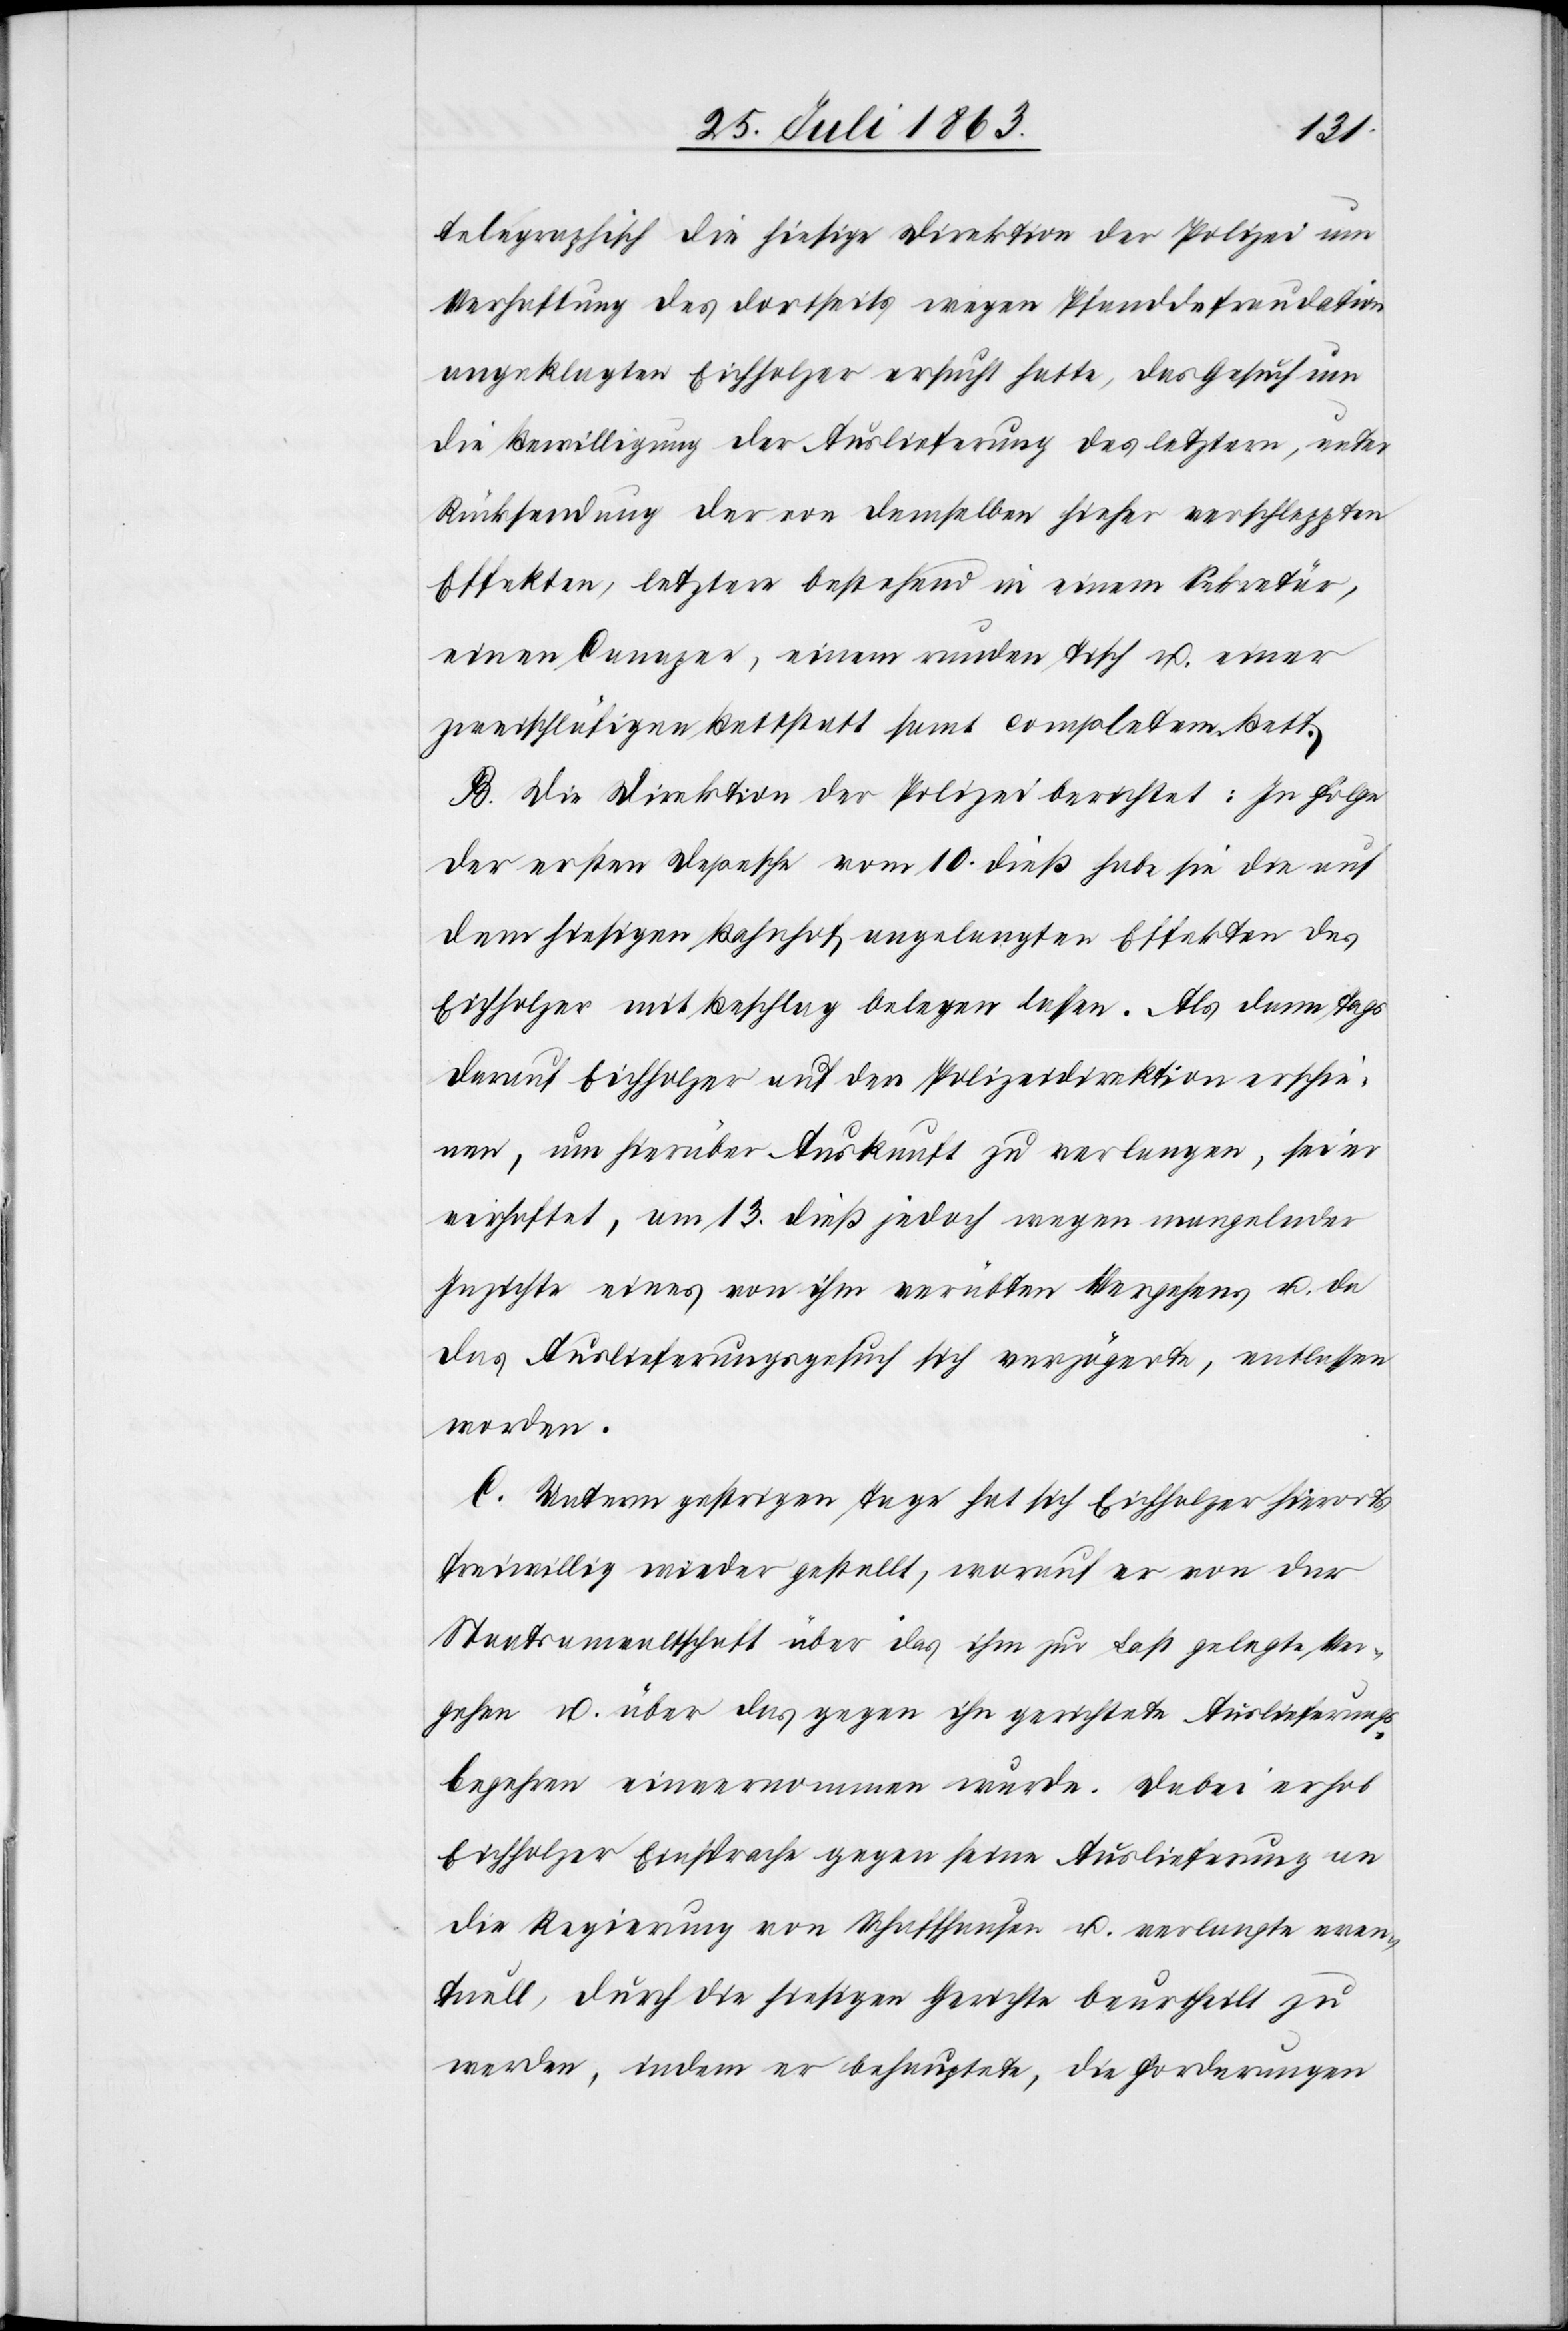
telegraphisch die hiesige Direktion der Polizei um
Verhaftung des dortseits wegen Pfanddefraudation
angeklagten Eichholzer ersucht hatte, das Gesuch um
die Bewilligung der Auslieferung des letztern, unter
Rücksendung der von demselben hieher verschleppten
Effekten, letztere bestehend in einem Sekretär,
einen Canapee, einem runden Tisch u. einer
zweischläfigen Bettstatt samt completem Bett.
B. Die Direktion der Polizei berichtet: In Folge
der ersten Depesche vom 10. dieß habe sie die auf
dem hiesigen Bahnhof angelangten Effekten des
Eichholzer mit Beschlag belegen lassen. Als dann Tags
darauf Eichholzer auf der Polizeidirektion erschie¬
nen, um hierüber Auskunft zu verlangen, sei er
verhaftet, am 13. dieß jedoch wegen mangelnder
Inzichte eines von ihm verübten Vergehens u. da
das Auslieferungsgesuch sich verzögerte, entlassen
worden.
C. Unterm gestrigen Tage hat sich Eichholzer hierorts
freiwillig wieder gestellt, worauf er von der
Staatsanwaltschaft über das ihm zur Last gelegte Ver¬
gehen u. über das gegen ihn gerichtete Auslieferungs¬
begehren einvernommen wurde. Dabei erhob
Eichholzer Einsprache gegen seine Auslieferung an
die Regierung von Schaffhausen u. verlangte even¬
tuell, durch die hiesigen Gerichte beurtheilt zu
werden, indem er behauptete, die Forderungen